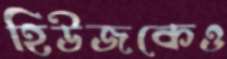
হিউজকেও